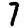
Digit: 7